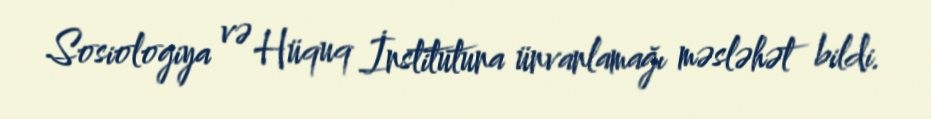
Sosiologiya və Hüquq İnstitutuna ünvanlamağı məsləhət bildi.